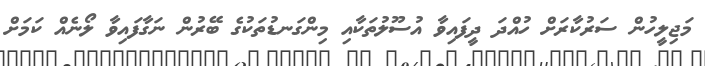
މަޖިލީހުން ސަރުކާރަށް ހުއްދަ ދީފައިވާ އުސޫލުތަކާއި މިންގަނޑުތަކުގެ ބޭރުން ނަގާފައިވާ ލޯނެއް ކަމަށް